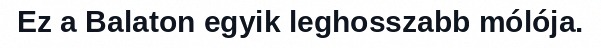
Ez a Balaton egyik leghosszabb mólója.